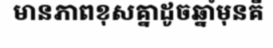
មានភាពខុសគ្នាដូចឆ្នាំមុនគឺ